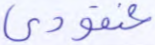
عنقودي